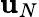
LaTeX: \mathbf{u}_{N}